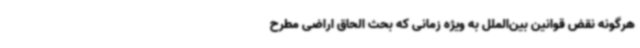
هرگونه نقض قوانین بین‌الملل به ویژه زمانی که بحث الحاق اراضی مطرح